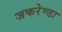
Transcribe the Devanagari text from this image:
जकरेण्डा